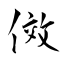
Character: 傚